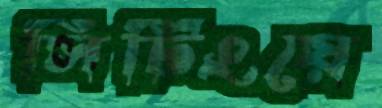
সিটিংয়ে